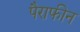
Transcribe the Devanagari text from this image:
पैराफीन